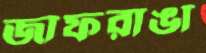
জাফরাঙা